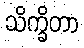
သိက္ခိတာ